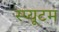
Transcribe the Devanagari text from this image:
स्प्यूटम